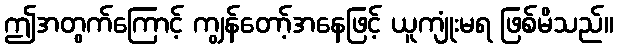
ဤအတွက်ကြောင့် ကျွန်တော့်အနေဖြင့် ယူကျုံးမရ ဖြစ်မိသည်။